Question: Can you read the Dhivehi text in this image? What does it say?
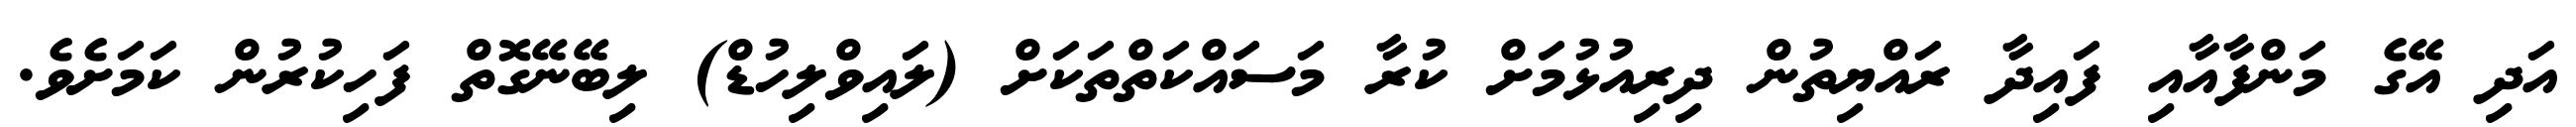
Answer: އަދި އޭގެ މަންފާއާއި ފައިދާ ރައްޔިތުން ދިރިއުޅުމަށް ކުރާ މަސައްކަތްތަކަށް (ލައިވްލިހުޑް) ލިބޭނޭގޮތް ފަހިކުރުން ކަމަށެވެ.